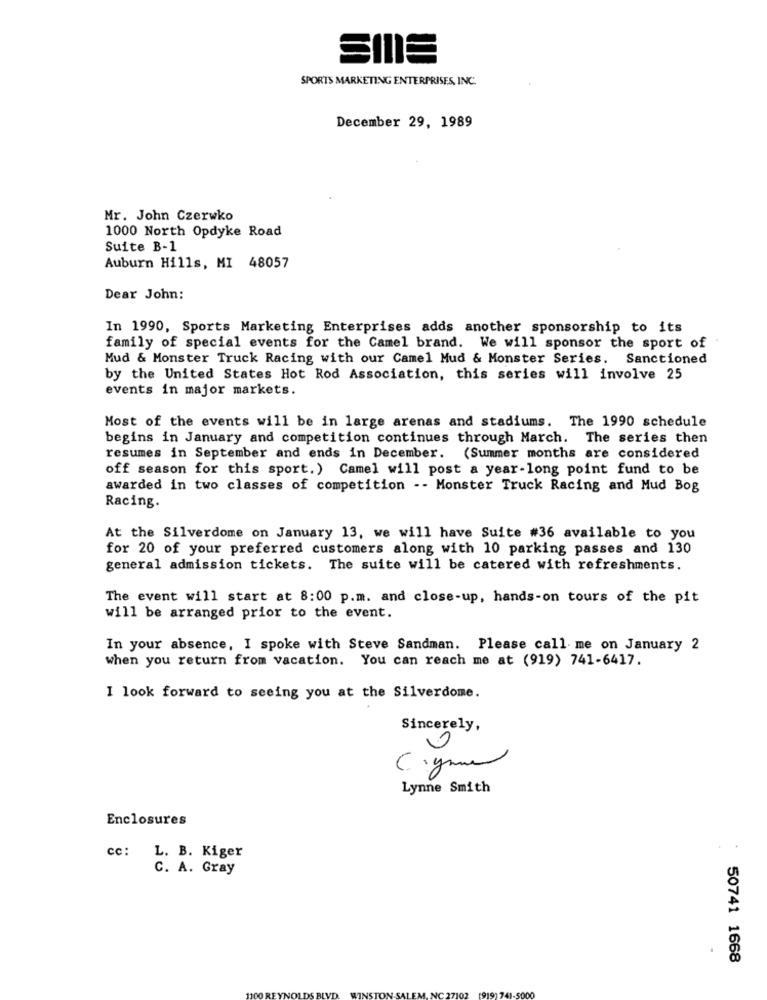
SPORTS MARKETING ENTERPRISES, INC.
December 29, 1989
Mr. John Czerwko
1000 North Opdyke Road
Suite B-1
Auburn Hills, MI 48057
Dear John:
In 1990, Sports Marketing Enterprises adds another sponsorship to its
family of special events for the Camel brand. We will sponsor the sport of
Mud & Monster Truck Racing with our Camel Mud & Monster Series. Sanctioned
by the United States Hot Rod Association, this series will involve 25
events in major markets.
Most of the events will be in large arenas and stadiums. The 1990 schedule
begins in January and competition continues through March. The series then
resumes in September and ends in December. (Summer months are considered
off season for this sport.) Camel will post a year-long point fund to be
awarded in two classes of competition -- Monster Truck Racing and Mud Bog
Racing.
At the Silverdome on January 13, we will have Suite #36 available to you
for 20 of your preferred customers along with 10 parking passes and 130
general admission tickets. The suite will be catered with refreshments.
The event will start at 8:00 p.m. and close-up, hands-on tours of the pit
will be arranged prior to the event.
In your absence, I spoke with Steve Sandman. Please call me on January 2
when you return from vacation. You can reach me at (919) 741-6417.
I look forward to seeing you at the Silverdome.
Sincerely,
0
50
Lynne Smith
Enclosures
cc: L. B. Kiger
C. A. Gray
50741 1668
7102